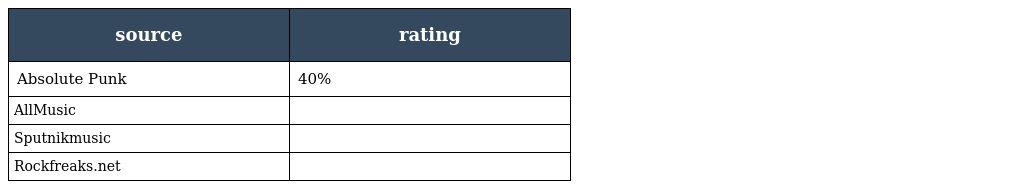
| source | rating |
 | --- | --- |
 | Absolute Punk | 40% |
 | AllMusic |  |
 | Sputnikmusic |  |
 | Rockfreaks.net |  |